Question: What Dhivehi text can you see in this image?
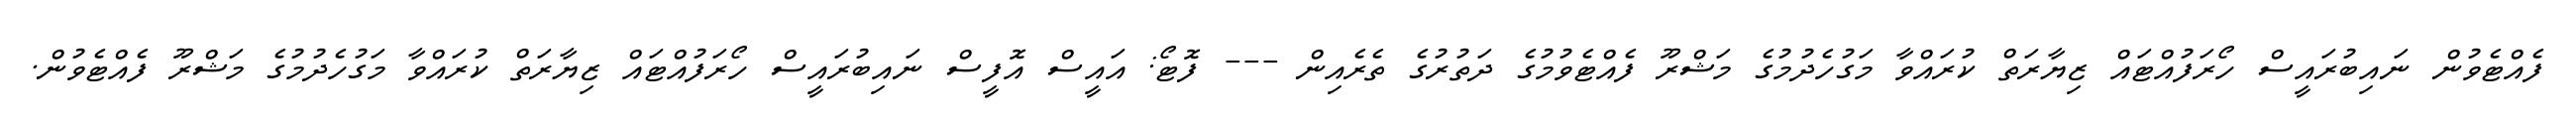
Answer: ފެއްޓެވުން ނައިބުރައީސް ހޯރަފުއްޓައް ޒިޔާރަތް ކުރައްވާ މަގުހެދުމުގެ މަޝްރޫ ފެއްޓެވުމުގެ ދަތުރުގެ ތެރެއިން --- ފޮޓޯ: އައީސް އޮފީސް ނައިބުރައީސް ހޯރަފުއްޓައް ޒިޔާރަތް ކުރައްވާ މަގުހެދުމުގެ މަޝްރޫ ފެއްޓެވުން.